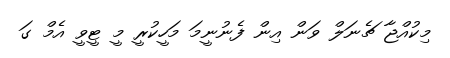
މިކުއްޖާ ޗެނަލް ވަން އިން ފެނުނީމަ މަހީކުރީ މީ ޓީވީ އެމް ގަ